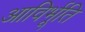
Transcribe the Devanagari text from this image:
आविर्भूति